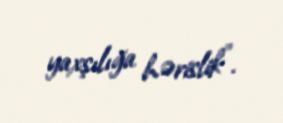
yaxşılığa hərislik".